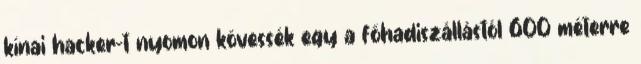
kínai hacker-t nyomon kövessék egy a főhadiszállástól 600 méterre